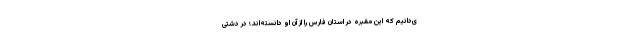
ی‌دانیم که این مقبره در استان فارس را از آن او دانسته‌اند؛ در دشتی